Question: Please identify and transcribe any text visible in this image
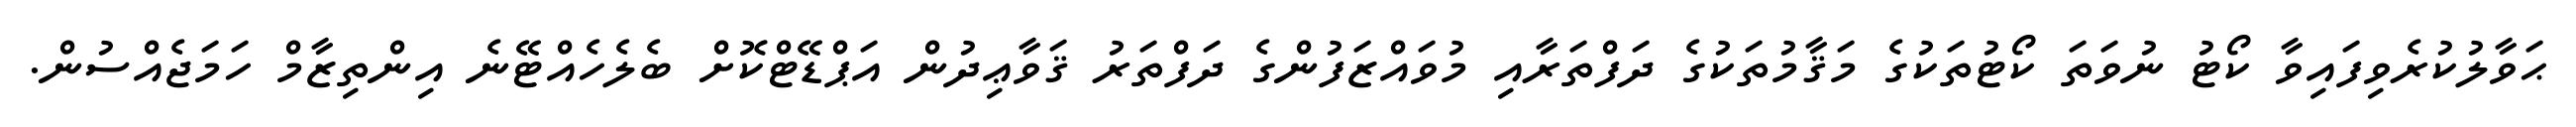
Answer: ޙަވާލުކުރެވިފައިވާ ކޯޓު ނުވަތަ ކޯޓުތަކުގެ މަޤާމުތަކުގެ ދަފްތަރާއި މުވައްޒަފުންގެ ދަފްތަރު ޤަވާޢިދުން އަޕްޑޭޓްކޮށް ބެލެހެއްޓޭނެ އިންތިޒާމް ހަމަޖެއްސުން.